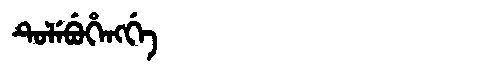
Manchu: ᡨᡠᠯᡝᠪᡠᡥᡝᠩᡤᡝ
Romanization: TULEBUHENGGE